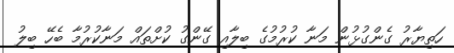
ހަތިޔާރު ގެންގުޅުން މަނާ ކުރުމުގެ ބިލާއި ގޭންގު ކުށްތައް މަނާކުރުމާ ބެހޭ ބިލު